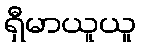
ရှီမာယူယူ